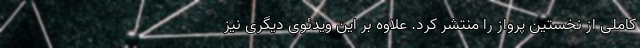
کاملی از نخستین پرواز را منتشر کرد. علاوه بر این ویدئوی دیگری نیز